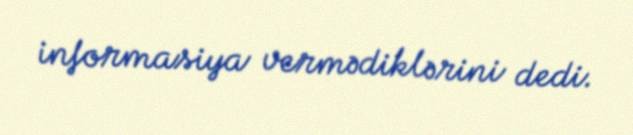
informasiya vermədiklərini dedi.